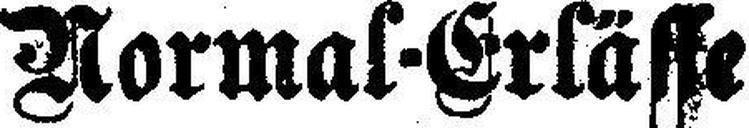
Normal-Erlässe